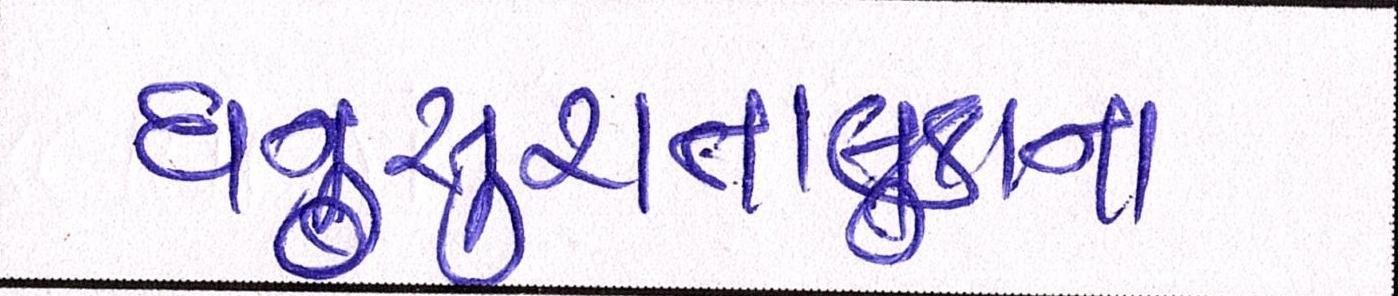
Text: ધનસુરાતાલુકાના